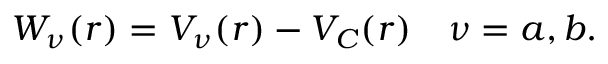
W _ { \nu } ( r ) = V _ { \nu } ( r ) - V _ { C } ( r ) \quad \nu = a , b .